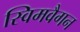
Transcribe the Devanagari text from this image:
स्विमवैगन